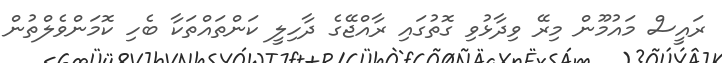
ރައީސް މައުމޫން މިރޭ ވިދާޅުވި ގޮތުގައި ރާއްޖޭގެ ދާހިލީ ކަންތައްތަކާ ބެހި ކޮމަންވެލްތުން